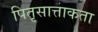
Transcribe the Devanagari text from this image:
पितृसात्ताकता